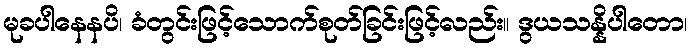
မုခပါနေနပိ၊ ခံတွင်းဖြင့်သောက်စုတ်ခြင်းဖြင့်လည်း။ ဒွယသန္နိပါတော၊